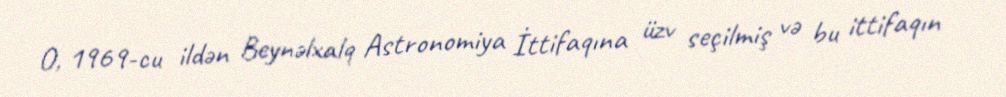
O, 1969-cu ildən Beynəlxalq Astronomiya İttifaqına üzv seçilmiş və bu ittifaqın